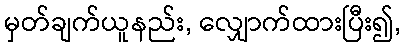
မှတ်ချက်ယူနည်း, လျှောက်ထားပြီး၍,